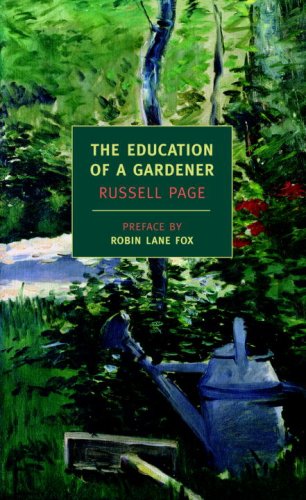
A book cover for The Education Of A Gardener (New York Review Books Classics); Russell Page; Crafts, Hobbies & Home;